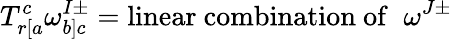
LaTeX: T_{r[a}^{c}\omega_{b]c}^{I\pm}=\mathrm{linear~combination~of}\; \; \omega^{J\pm}